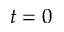
t = 0